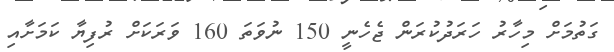
ގަތުމަށް މިހާރު ހަރަދުކުރަން ޖެހެނީ 150 ނުވަތަ 160 ވަރަކަށް ރުފިޔާ ކަމަށާއި